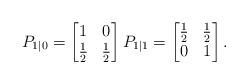
LaTeX: \begin{align*} P_{1|0} = \begin{bmatrix} 1 & 0 \\ \frac{1}{2} & \frac{1}{2}\\\end{bmatrix} P_{1|1} = \begin{bmatrix} \frac{1}{2} & \frac{1}{2} \\ 0 & 1\\\end{bmatrix}.\end{align*}